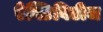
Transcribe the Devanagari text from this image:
ऐक्टिविटीज